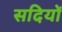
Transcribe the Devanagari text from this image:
सदियोँ